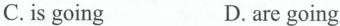
C. isgoing D. aregoing